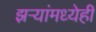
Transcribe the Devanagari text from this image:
झऱ्यांमध्येही